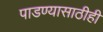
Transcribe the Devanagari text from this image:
पाडण्यासाठीही